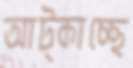
আট্‌কাচ্ছে